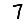
Digit: 7